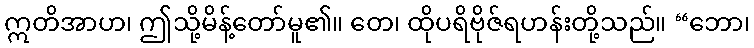
ဣတိအာဟ၊ ဤသို့မိန့်တော်မူ၏။ တေ၊ ထိုပရိဗိုဇ်ရဟန်းတို့သည်။ “ဘော၊